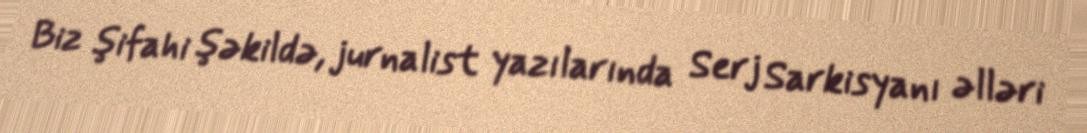
Biz şifahi şəkildə, jurnalist yazılarında Serj Sarkisyanı əlləri